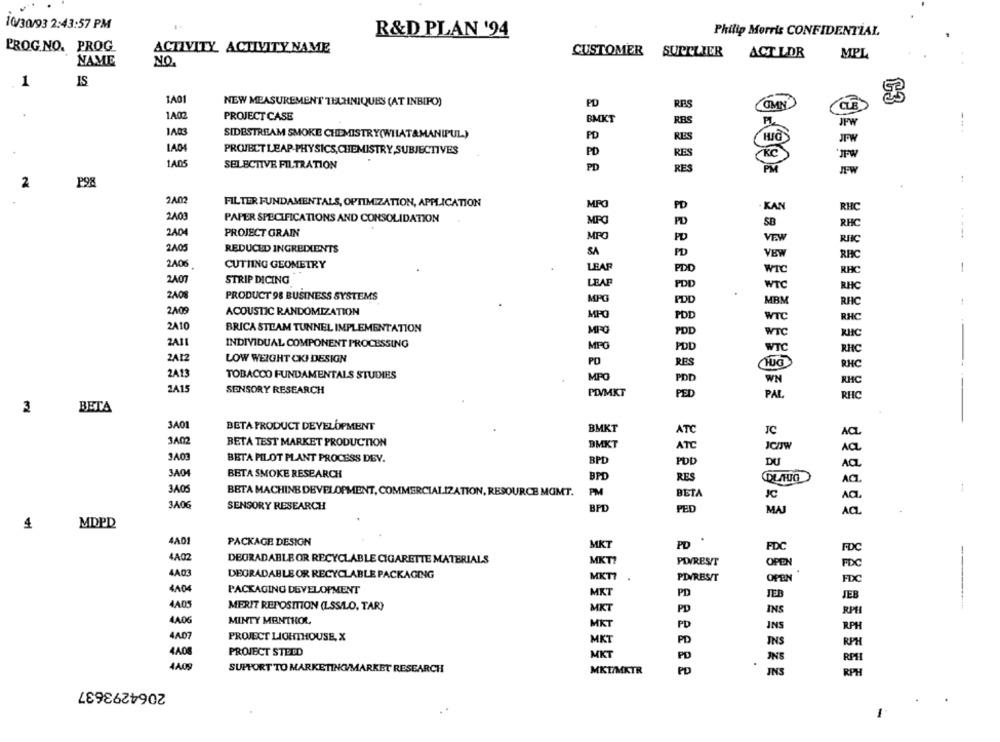
10/30/93 2:43:57 PM
R&D PLAN '94
Philip Morris CONFIDENTIAL
PROG.NO. PROG
ACTIVITY ACTIVITY NAME
ACT LDR
NAME
CUSTOMER SUPPLIER
MPL
NO.
1
IS
1A01
NEW MEASUREMENT TECHNIQUES (AT INBIRO)
PD
RES
COMN
CLE
1A02
PROJECT CASE
BMKT
RBS
JFW
---
1A03
SIDESTREAM SMOKE CHEMISTRY(WHAT&MANIPUL)
PUL)
PD
RES
JPY
PROJECT LEAP-PHYSICS,CHEMISTRY,SUBJECTIVES
PD
RES
KC
1ADS
SELECTIVE FILTRATION
PD
RES
PM
2
P98
2A0
FILTER FUNDAMENTALS, OPTIMIZATION, APPLICATION
PD
KAN
RHC
240
PAPER SPECIFICATIONS AND CONSOLIDATION
SB
PD
RHO
2404
PROJECT GRAIN
MPO
FD
VER
2405
REDUCED INGREDIENTS
SA
PD
RHC
2A06
CUTTING GEOMETRY
LEAP
PDO
WTC
RHC
2407
STRIP DICING
LEAF
POD
WTC
RHC
240
PRODUCT 98 BUSINESS SYSTEMS
MPG
PDD
MBM
RFC
2A05
ACOUSTIC RANDOMIZATION
MPO
PD
WTC
RNC
2A10
BRICA STEAM TUNNEL IMPLEMENTATION
MPO
POD
WTC
RIC
2A1
INDIVIDUAL COMPONENT PROCESSING
MPO
PDD
WT
RHC
2A12
LOW WEIGHT CKI DESIGN
PO
RES
RNC
2A13
TOBACCO FUNDAMENTALS STUDIES
MPO
PDD
WN
RHC
2A15
SENSORY RESEARCH
PIVMKT
PED
PAL.
RHC
BETA
3A01
BETA PRODUCT DEVELOPMENT
BMKT
ATC
JC
ACL
3A02
COVE
BETA TEST MARKET PRODUCTION
BMKT
ATC
JCOW
ACL
BETA PILOT PLANT PROCESS DEV.
BPD
POD
DU
ACZ
3A04
BETA SMOKE RESEARCH
BPD
RES
DLAUG
ACL.
3405
BETA MACHINE DEVELOPMENT, COMMERCIALIZATION, RESOURCE MOMT.
PM
BETA
ACI.
3A0G
SENSORY RESEARCH
BPD
PED
MAJ
ACL
4
MDPD
4A01
PACKAGE DESIGN
MKT
PD
FDC
FOC
4A02
DEGRADABLE OR RECYCLABLE CIGARETTE MATERIALS
MKT?
POIRESIT
OPEN
FDC
4A03
DEGRADABLE OR RECYCLABLE PACKAGING
MKT7
PDVRESIT
OPEN
FIC
4404
PACKAGING DEVELOPMENT
MKT
PD
JEB
JEB
4A05
MERIT REPOSITION (LSS/LO, TAR)
MKT
PD
INS
4406
MINTY MENTHOL
MKT
PD
INS
RPH
4A07
PROJECT LIGHTHOUSE, X
MKT
PD
INS
RP
4AOS
PROJECT STEDD
MKT
PD
RP
4AO
.
SUPPORT TO MARKETING/MARKET RESEARCH
MKI/MKTR
PO
INS
RPH
2064293637
1